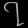
Digit: ၇